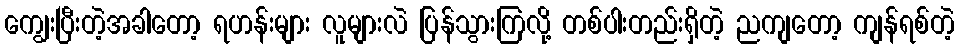
ကျွေးပြီးတဲ့အခါတော့ ရဟန်းများ လူများလဲ ပြန်သွားကြလို့ တစ်ပါးတည်းရှိတဲ့ ညကျတော့ ကျန်ရစ်တဲ့